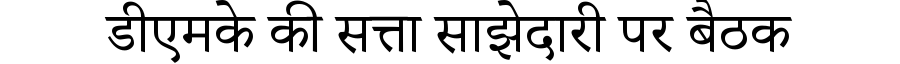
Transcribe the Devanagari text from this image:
डीएमके की सत्ता साझेदारी पर बैठक